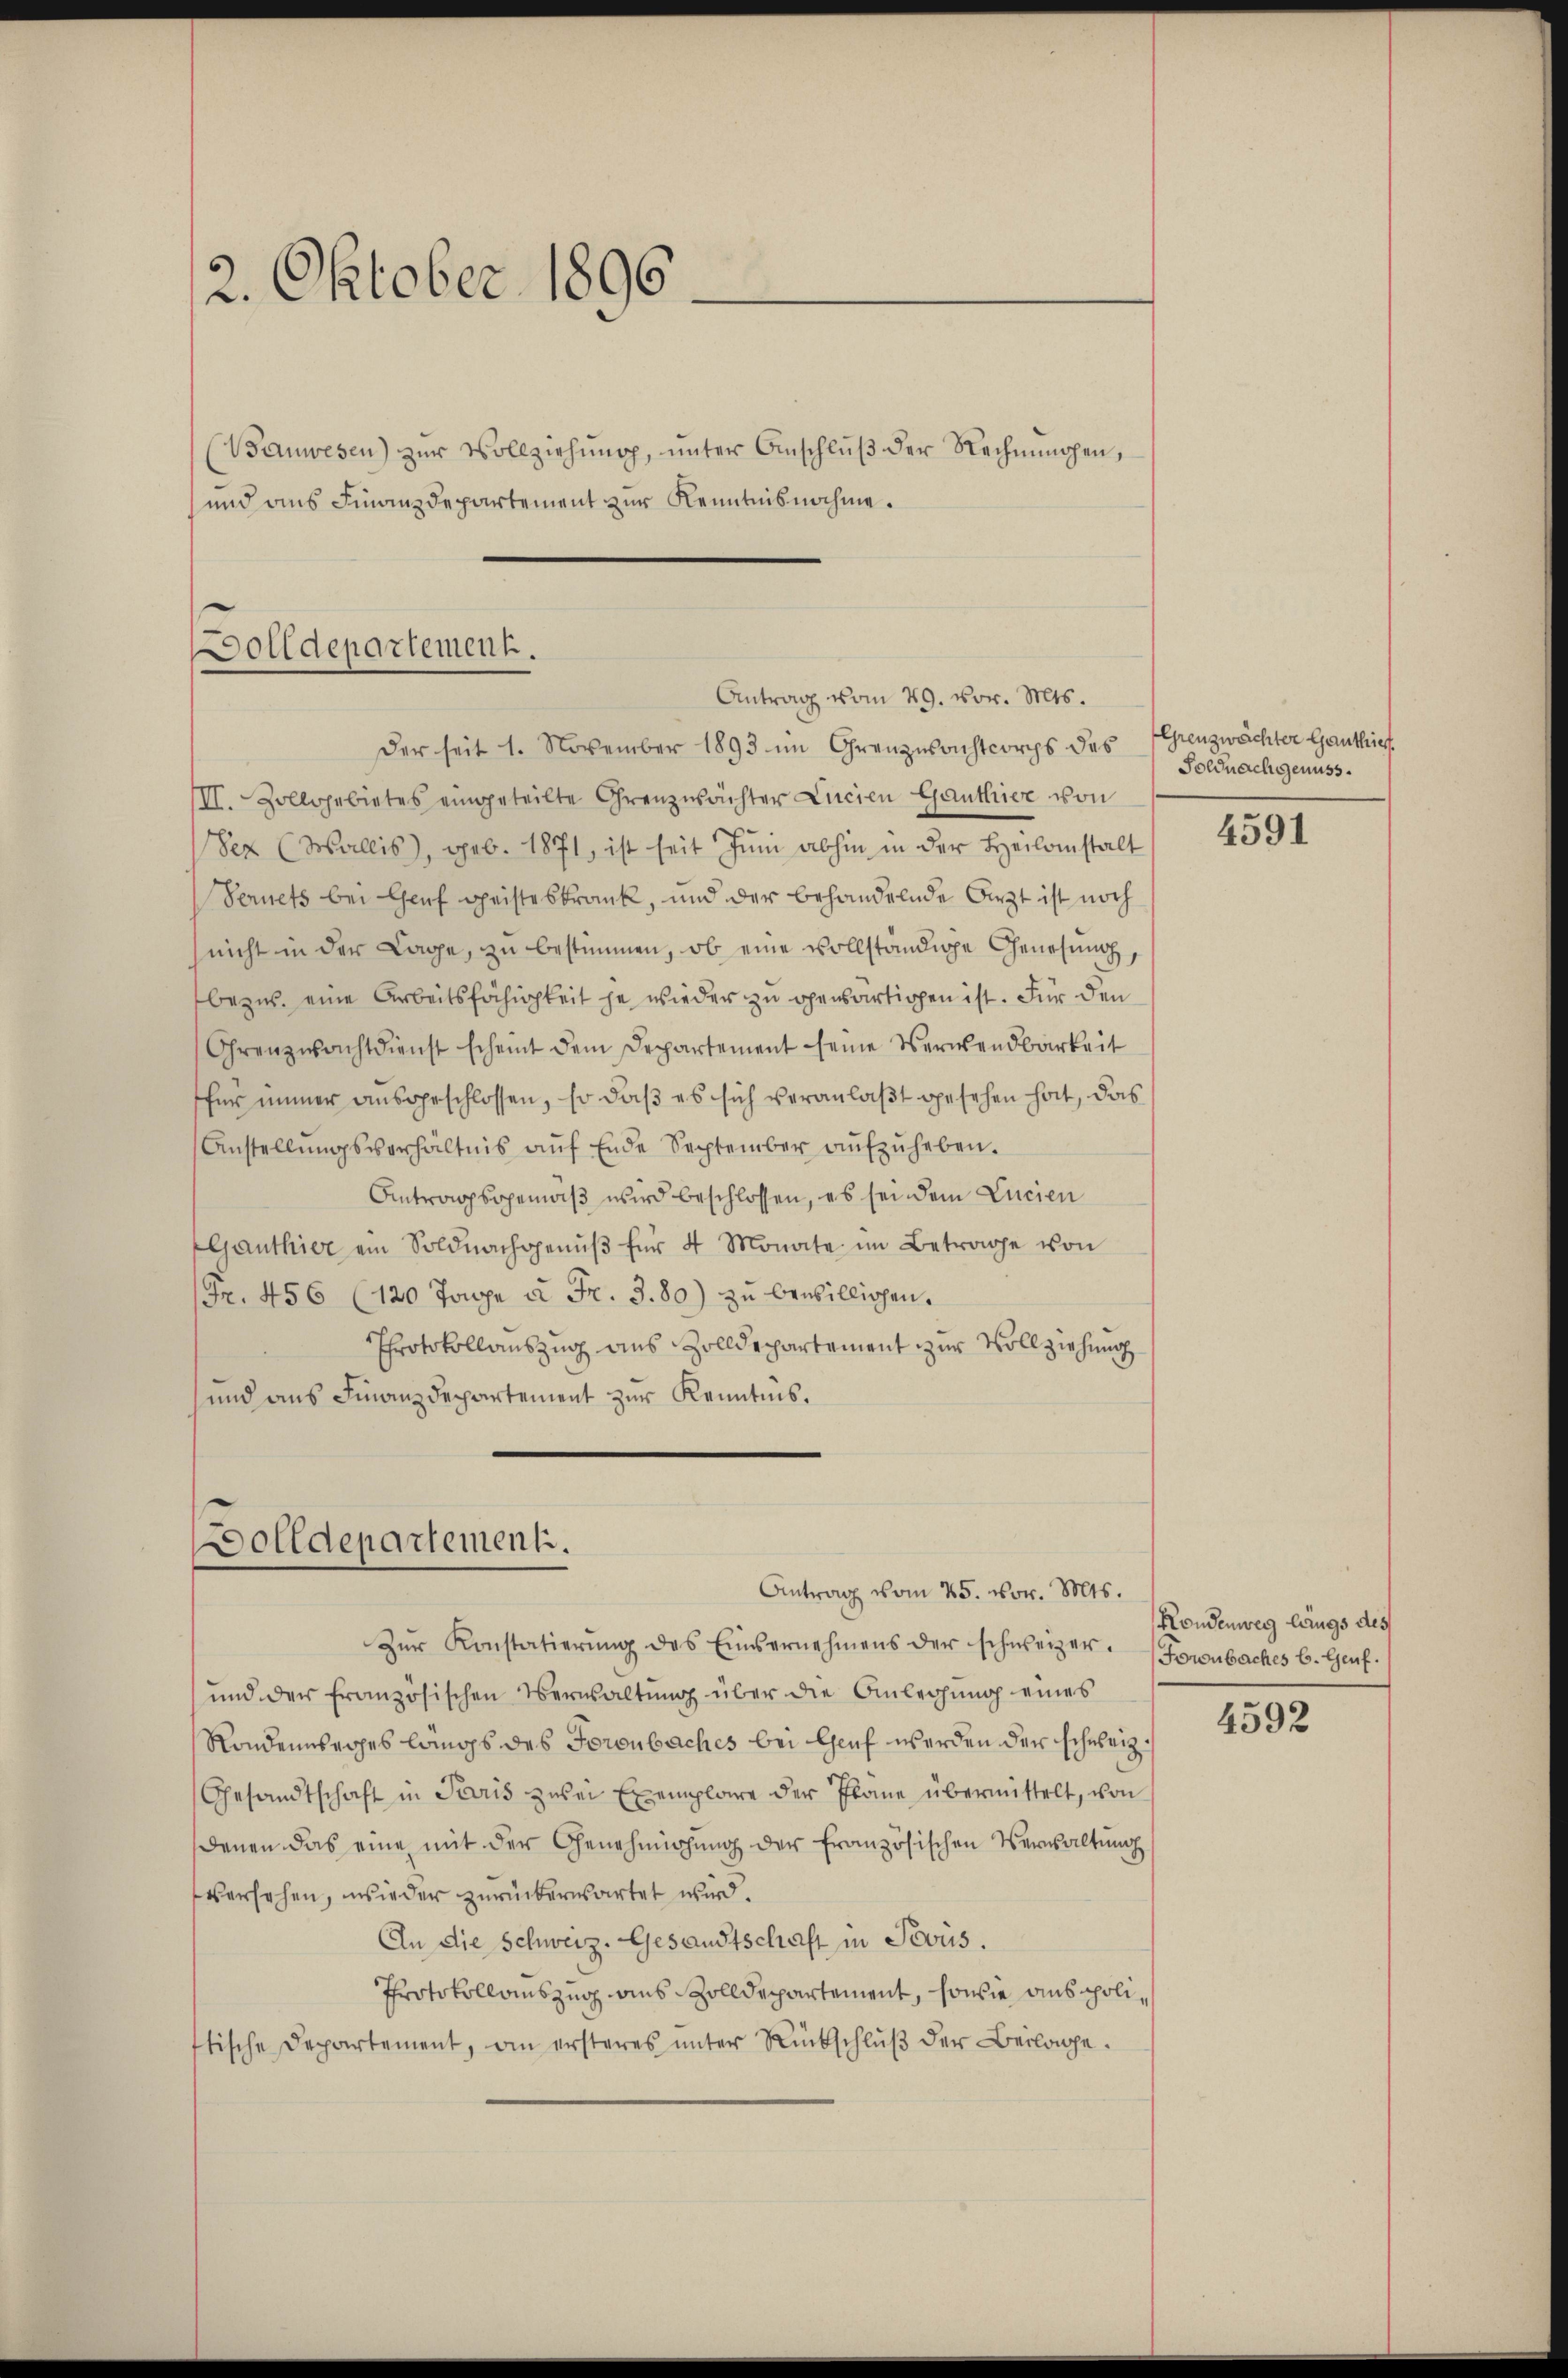
2. Oktober 1896
Bauwesen) zŭr Vollziehŭng ŭnter Anschlŭβ der Rechnungen,
und aus Finanzdepartement zur Kenntnisnahme.

Dolldepartement.
Antrag vom 29. vor. Mts.

Dolldepartement.

Antrag vom 25. vor. Mts.

Der seit 1. November 1893 im Grenzsachtcorps des Grenzwächter Ganthief
III. Zollgebietes eingeteilte Grenzwächter Lucien Ganthier von
Sex (Wallis, geb. 1871, ist seit Jŭni abhin in der Heilanstalt
Vernets bei Genf geisteskrank, und der behandelnde Arzt ist noch
(nicht in der Lage, zu bestimmen, ob eine vollständige Genesung
bezw. eine Arbeitsfähigkeit je wieder zu genartigen ist. Für den
Ohrenzwachtdienst scheint dem Departement seine Verwendbarkeit
für immer ausgeschlossen, so daß es sich veranlaßt gesehen hat, das
Anstellŭngsverhältnis aŭf Ende September aŭfzŭheben.
Antragsgemäß wird beschlossen, es sei dem Lucien
Aljanthier ein Soldnachgenŭβ für 4 Monate im Betrage von
(Fr. 456 (120 Tage à Fr. 3. 80) zu benbillichen.
Protokollauszug aus Zolldepartement zur Vollziehung
und aus Finanzdepartement zur Kenntnis.

Zŭr Konstatierŭng des Einsernehmens der schweizer. Fornbaches b. Genf.
und der französischen Verwaltung über die Anleihung eines
Rondenweges längs des Foroubaches bei Genf werden der schweiz.
Gesandtschaft in Paris zwei Exemplare der Plane übermittelt, von
Denen das eine mit der Genehmigung der französischen Verwaltung
versehen, wieder zurückerwartet wird.
An die Schweiz. Gesandtschaft in Jesus.
Protokollauszug aus Zolldepartement, sowie aus polistische Departement, an ersteres unter Rückschlŭβ der Beilage.

Soldnachgenuss.

4591

Kondenweg längs des

4592